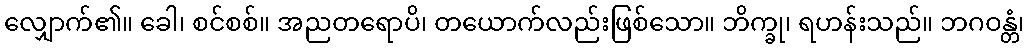
လျှောက်၏။ ခေါ၊ စင်စစ်။ အညတရောပိ၊ တယောက်လည်းဖြစ်သော။ ဘိက္ခု၊ ရဟန်းသည်။ ဘဂဝန္တံ၊